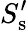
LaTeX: S_{\mathrm{s}}^{\prime}